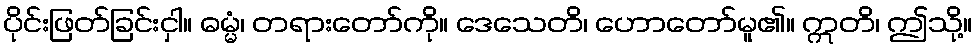
ပိုင်းဖြတ်ခြင်းငှါ။ ဓမ္မံ၊ တရားတော်ကို။ ဒေသေတိ၊ ဟောတော်မူ၏။ ဣတိ၊ ဤသို့။